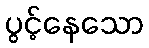
ပွင့်နေသော